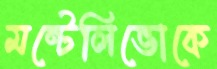
মন্টেলিভোকে